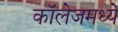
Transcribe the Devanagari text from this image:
कॉलेजमध्‍ये